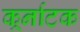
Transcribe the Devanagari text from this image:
कर्र्नाटक